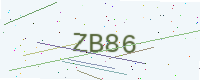
Text: ZB86